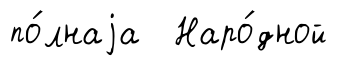
по́лнаjа Наро́дной